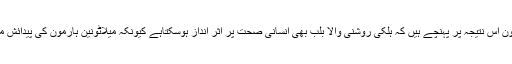
گہرے مطالعے کے بعد اسٹون اس نتیجہ پر پہنچے ہیں کہ ہلکی روشنی والا بلب بھی انسانی صحت پر اثر انداز ہوسکتاہے کیونکہ میلاٹونین ہارمون کی پیدائش مکمل تاریکی میں ہوتی ہے ۔